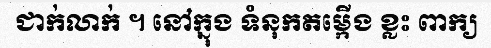
ជាក់លាក់ ។ នៅក្នុង ទំនុកតម្កើង ខ្លះ ពាក្យ